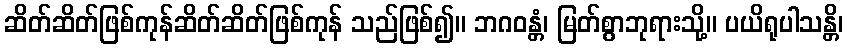
ဆိတ်ဆိတ်ဖြစ်ကုန်ဆိတ်ဆိတ်ဖြစ်ကုန် သည်ဖြစ်၍။ ဘဂဝန္တံ၊ မြတ်စွာဘုရားသို့။ ပယိရုပါသန္တိ၊